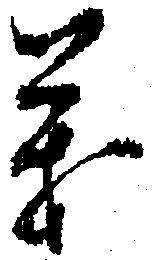
義